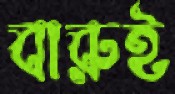
বারুই